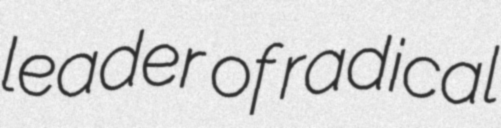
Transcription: leader of radical